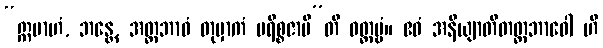
“ဣမာဟံ, ဘန္တေ, အတ္တဘာဝံ တုမှာကံ ပရိစ္စဇာမီ”တိ ဝတ္တဗ္ဗံ။ ဧဝံ အနိယျာတိတတ္တဘာဝေါ ဟိ